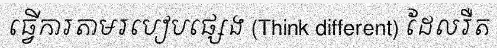
ធ្វើការតាមរបៀបផ្សេង (Think different) ដែលរឺត